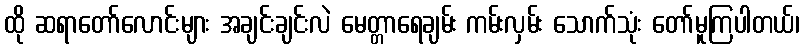
ထို ဆရာတော်လောင်းများ အချင်းချင်းလဲ မေတ္တာရေချမ်း ကမ်းလှမ်း သောက်သုံး တော်မူကြပါတယ်၊